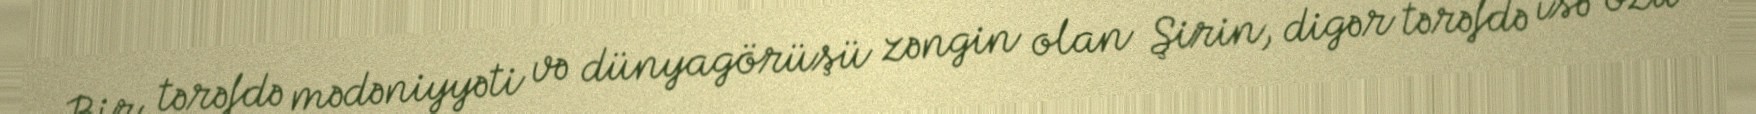
Bir tərəfdə mədəniyyəti və dünyagörüşü zəngin olan Şirin, digər tərəfdə isə özü